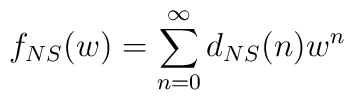
f_{NS}(w) = \sum_{n=0}^\infty d_{NS} (n) w^n